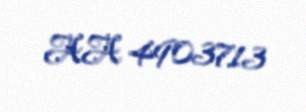
AA 4903713